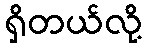
ရှိတယ်လို့